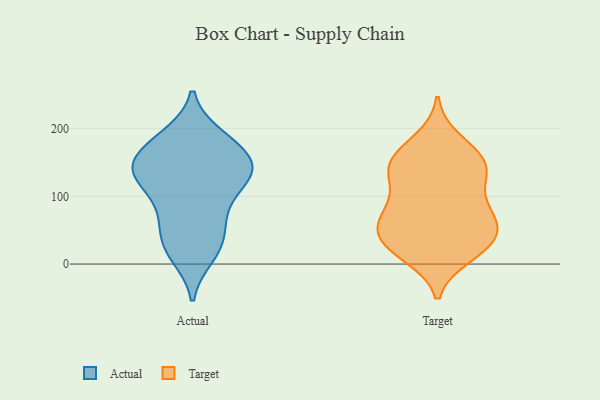
{"axis": {"x": "Bounce Rate (%)", "y": "Value"}, "legend": ["Actual", "Target"], "data": [{"x": "", "y": 13, "type": "Actual"}, {"x": "", "y": 26, "type": "Actual"}, {"x": "", "y": 188, "type": "Actual"}, {"x": "", "y": 145, "type": "Actual"}, {"x": "", "y": 124, "type": "Actual"}, {"x": "", "y": 146, "type": "Actual"}, {"x": "", "y": 138, "type": "Actual"}, {"x": "", "y": 120, "type": "Actual"}, {"x": "", "y": 135, "type": "Actual"}, {"x": "", "y": 178, "type": "Actual"}, {"x": "", "y": 76, "type": "Actual"}, {"x": "", "y": 174, "type": "Actual"}, {"x": "", "y": 74, "type": "Actual"}, {"x": "", "y": 39, "type": "Actual"}, {"x": "", "y": 90, "type": "Target"}, {"x": "", "y": 64, "type": "Target"}, {"x": "", "y": 75, "type": "Target"}, {"x": "", "y": 155, "type": "Target"}, {"x": "", "y": 25, "type": "Target"}, {"x": "", "y": 52, "type": "Target"}, {"x": "", "y": 80, "type": "Target"}, {"x": "", "y": 33, "type": "Target"}, {"x": "", "y": 36, "type": "Target"}, {"x": "", "y": 145, "type": "Target"}, {"x": "", "y": 129, "type": "Target"}, {"x": "", "y": 17, "type": "Target"}, {"x": "", "y": 43, "type": "Target"}, {"x": "", "y": 129, "type": "Target"}, {"x": "", "y": 167, "type": "Target"}, {"x": "", "y": 136, "type": "Target"}, {"x": "", "y": 183, "type": "Target"}, {"x": "", "y": 70, "type": "Target"}, {"x": "", "y": 13, "type": "Target"}, {"x": "", "y": 148, "type": "Target"}]}